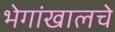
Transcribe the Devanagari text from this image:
भेगांखालचे